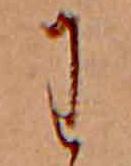
わ